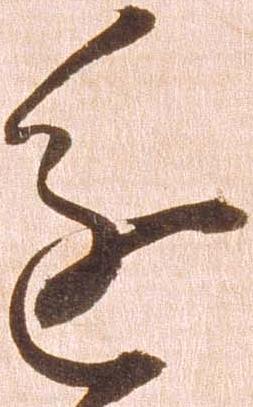
進